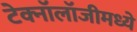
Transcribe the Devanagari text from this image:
टेक्‍नॉलॉजीमध्ये